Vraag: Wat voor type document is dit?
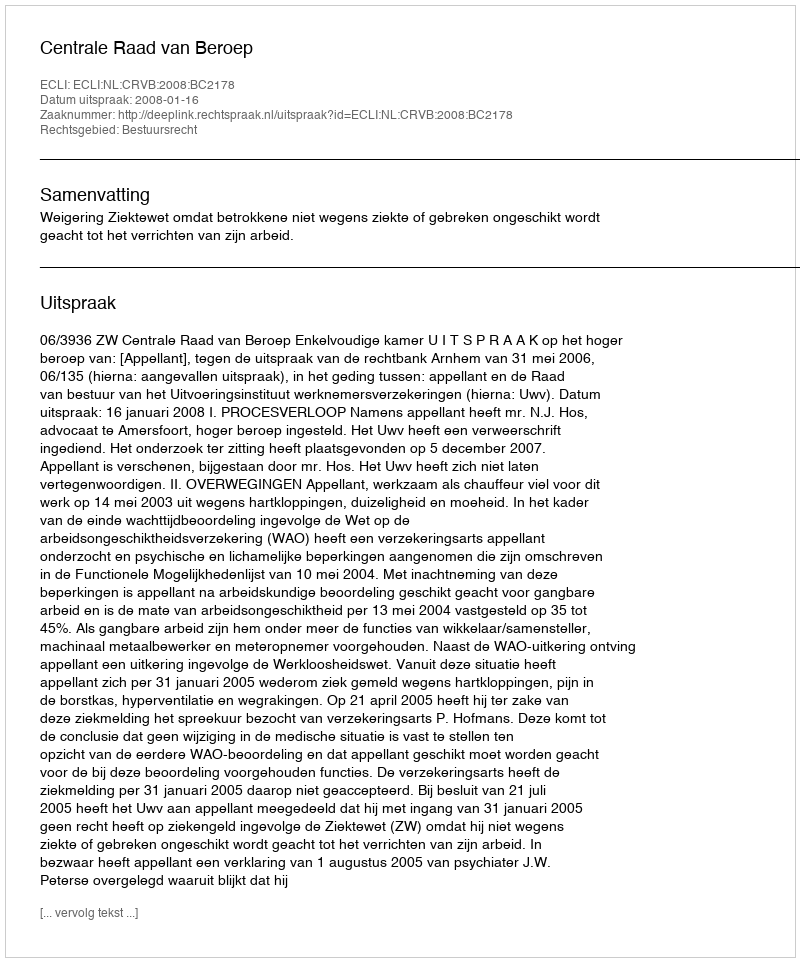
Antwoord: Uitspraak